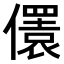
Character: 𠐛